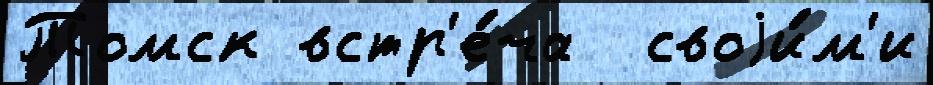
Томск встр'е́ча  своjи́м'и